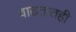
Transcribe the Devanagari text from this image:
वाढतातही